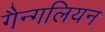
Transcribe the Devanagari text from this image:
गैन्गलियन